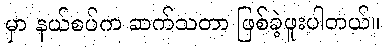
မှာ နယ်စပ်က ဆက်သတာ ဖြစ်ခဲ့ဖူးပါတယ်။